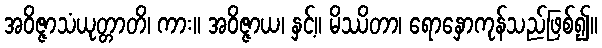
အဝိဇ္ဇာသံယုတ္တာတိ၊ ကား။ အဝိဇ္ဇာယ၊ နှင့်။ မိဿိတာ၊ ရောနှောကုန်သည်ဖြစ်၍။